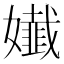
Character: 𡣳